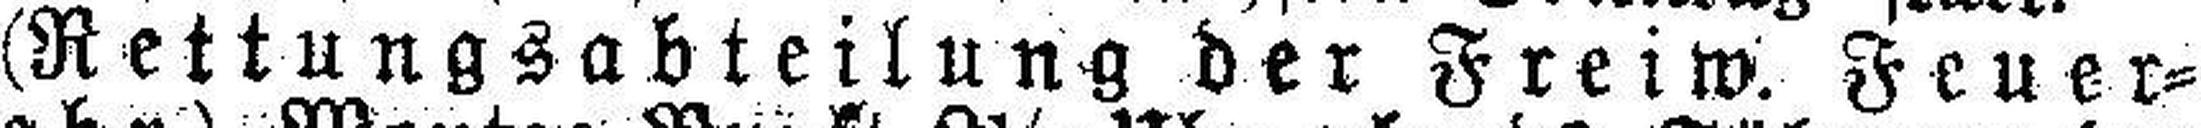
(Rettungsabteilung der Freiw. Feuer¬